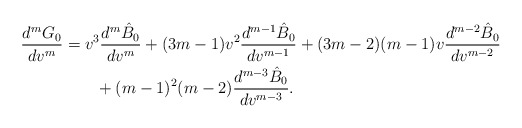
\begin{align*} \frac{d^mG_0}{dv^m}&=v^3\frac{d^m\hat{B}_0}{dv^m}+(3m-1)v^2\frac{d^{m-1}\hat{B}_0}{dv^{m-1}}+(3m-2)(m-1)v\frac{d^{m-2}\hat{B}_0}{dv^{m-2}}\\&\qquad+(m-1)^2(m-2)\frac{d^{m-3}\hat{B}_0}{dv^{m-3}}.\end{align*}